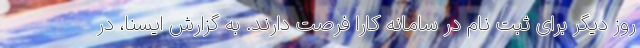
روز دیگر برای ثبت نام در سامانه کارا فرصت دارند. به گزارش ایسنا، در